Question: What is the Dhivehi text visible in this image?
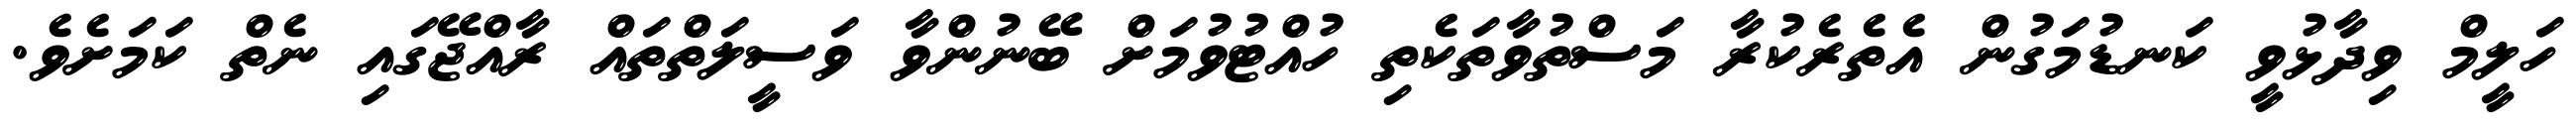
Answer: ހަލީމް ވިދާޅުވީ ކަނޑުމަގުން އެތެރެކުރާ މަސްތުވާތަކެތި ހުއްޓުވުމަށް ބޭނުންވާ ވަސީލަތްތައް ރާއްޖޭގައި ނެތް ކަމަށެވެ.